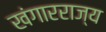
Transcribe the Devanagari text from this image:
खंगारराज्य